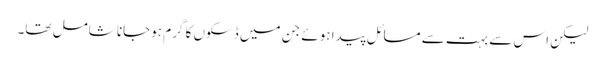
لیکن اس سے بہت سے مسائل پیدا ہوئے جن میں‌ ڈسکوں کا گرم ہوجانا شامل تھا۔